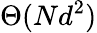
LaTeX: \Theta(Nd^{2})